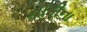
નાડીના